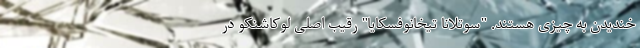
خندیدن به چیزی هستند. "سوتلانا تیخانوفسکایا" رقیب اصلی لوکاشنکو در